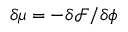
\delta \mu = - \delta \mathcal { F } / \delta \phi